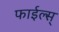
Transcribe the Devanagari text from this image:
फाईल्स्